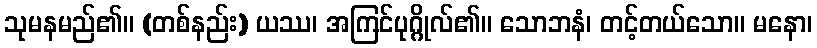
သုမနမည်၏။ (တစ်နည်း) ယဿ၊ အကြင်ပုဂ္ဂိုလ်၏။ သောဘနံ၊ တင့်တယ်သော။ မနော၊